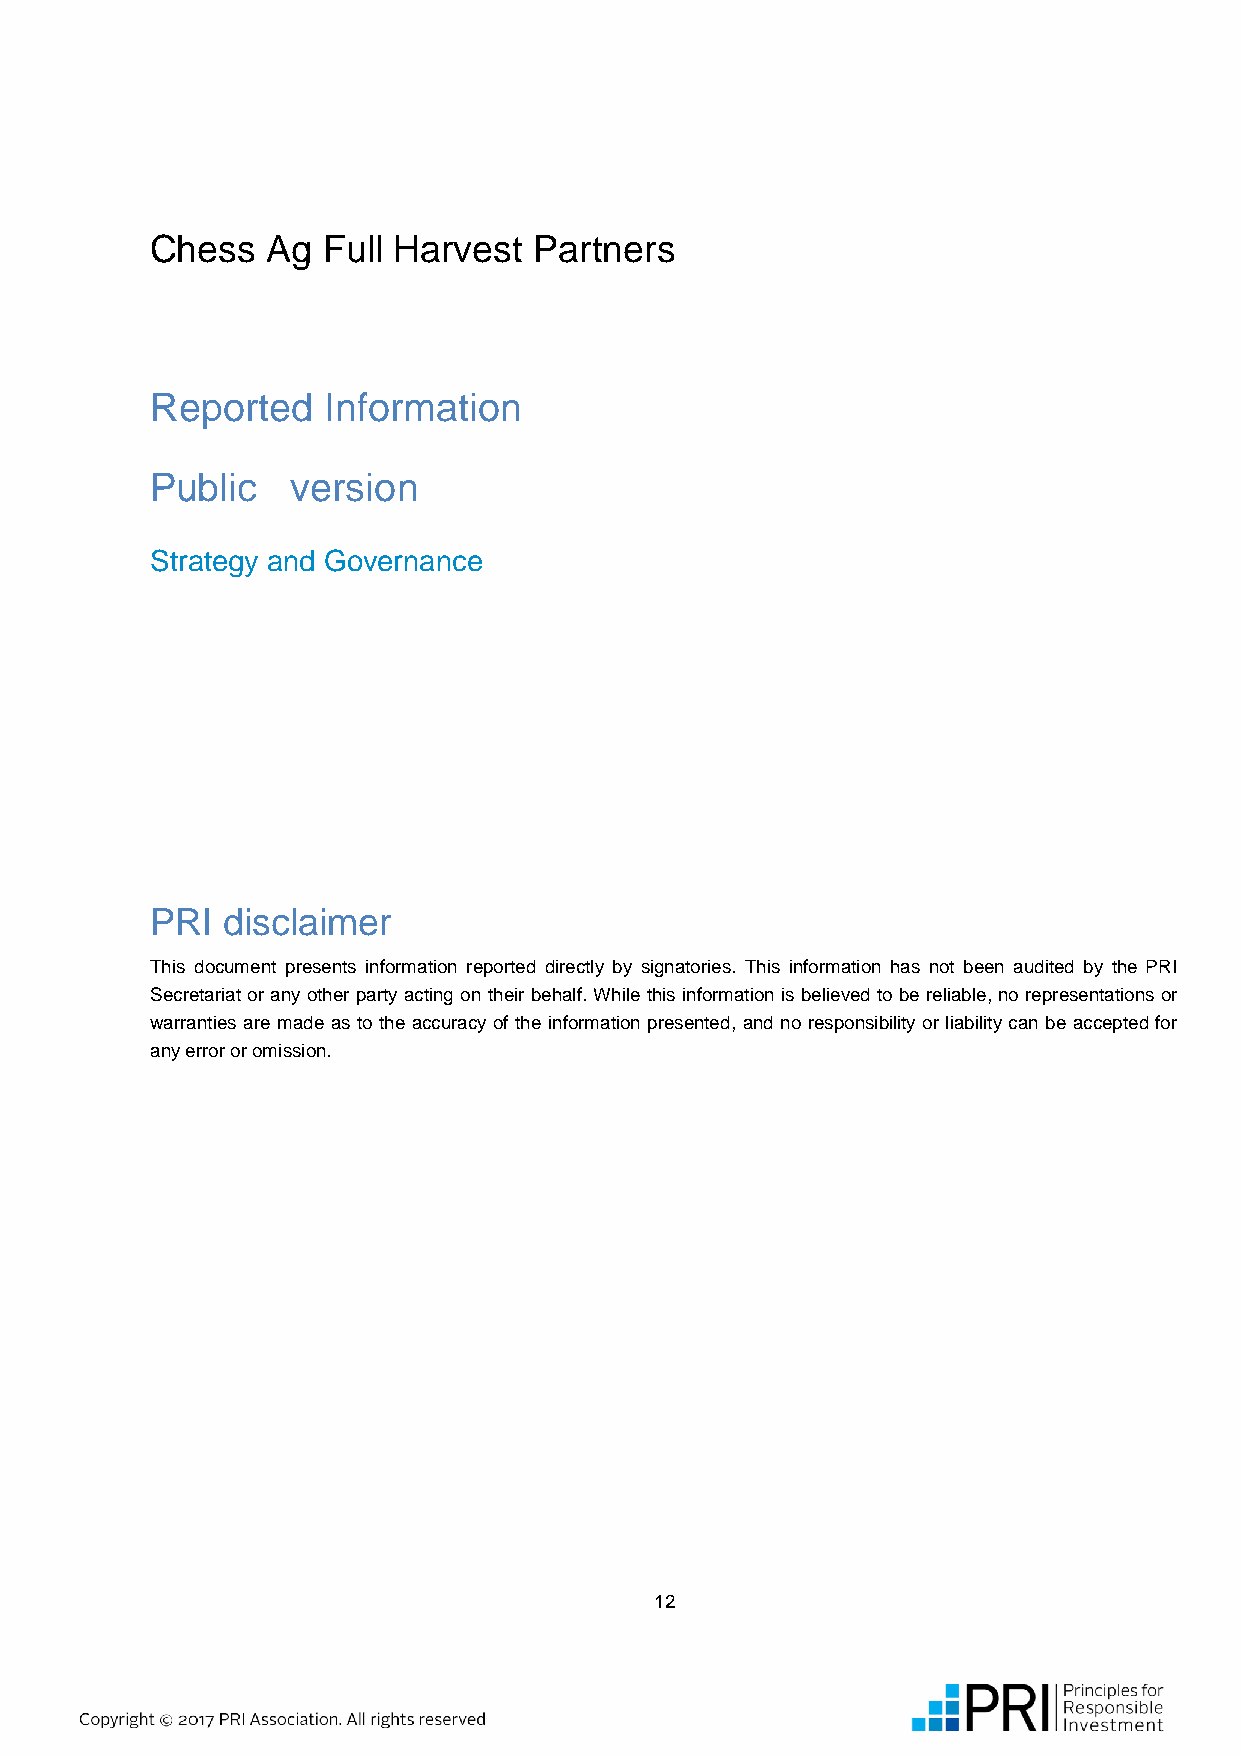
Chess   Ag Full Harvest  Partners
 Reported   Information
 Public   version
 Strategy and Governance
 PRI  disclaimer
 This document presents information reported directly by signatories. This information has not been audited by the PRI
 Secretariat or any other party acting on their behalf. While this information is believed to be reliable, no representations or
 warranties are made as to the accuracy of the information presented, and no responsibility or liability can be accepted for
 any error or omission.
 12